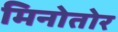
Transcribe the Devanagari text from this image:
मिनोतोर